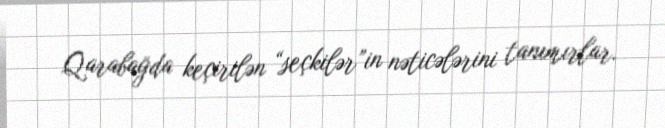
Qarabağda keçirilən “seçkilər”in nəticələrini tanımırlar.